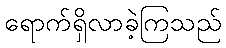
ရောက်ရှိလာခဲ့ကြသည်